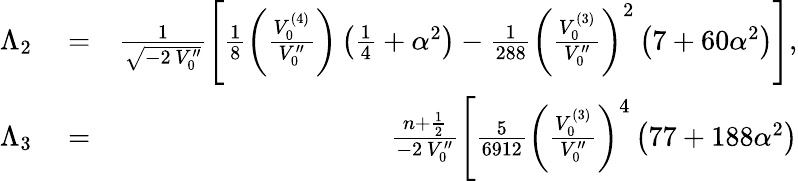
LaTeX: \begin{array}{rlr}{\Lambda_{2}}&{{}=}&{\frac{1}{\sqrt{-2\, V_{0}^{\prime\prime}}}\Bigg[\frac{1}{8}\left(\frac{V_{0}^{(4)}}{V_{0}^{\prime\prime}}\right)\left(\frac{1}{4}+\alpha^{2}\right)-\frac{1}{288}\left(\frac{V_{0}^{(3)}}{V_{0}^{\prime\prime}}\right)^{2}\left(7+60\alpha^{2}\right)\Bigg],}\\ {\Lambda_{3}}&{{}=}&{\frac{n+\frac{1}{2}}{-2\, V_{0}^{\prime\prime}}\Bigg[\frac{5}{6912}\left(\frac{V_{0}^{(3)}}{V_{0}^{\prime\prime}}\right)^{4}\left(77+188\alpha^{2}\right)}\end{array}